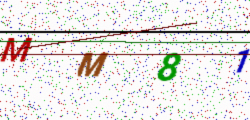
Text: MM81